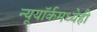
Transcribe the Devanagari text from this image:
न्यूयॉर्कमध्येही